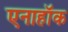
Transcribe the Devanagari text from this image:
एनाहॉक